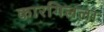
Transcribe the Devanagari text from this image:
कारगिलला